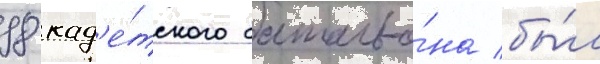
98 кад'е́тского батальо́на бы́л